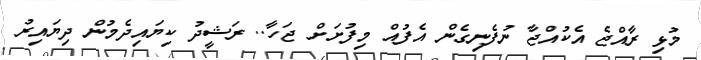
މުޅި ރާއްޖެ އެކުއްޖާ ނުފެނިގެން އެފުއް މިފުށަށް ޖަހާ.. ރަޝީދު ކިޔައިދެމުން ދިޔައިރު